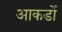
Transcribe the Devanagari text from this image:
आकडोँ